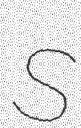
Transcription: S